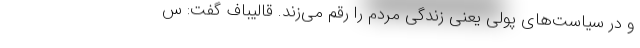
و در سیاست‌های پولی یعنی زندگی مردم را رقم می‌زند. قالیباف گفت: س